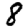
Digit: 8